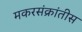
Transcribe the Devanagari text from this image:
मकरसंक्रांतीस